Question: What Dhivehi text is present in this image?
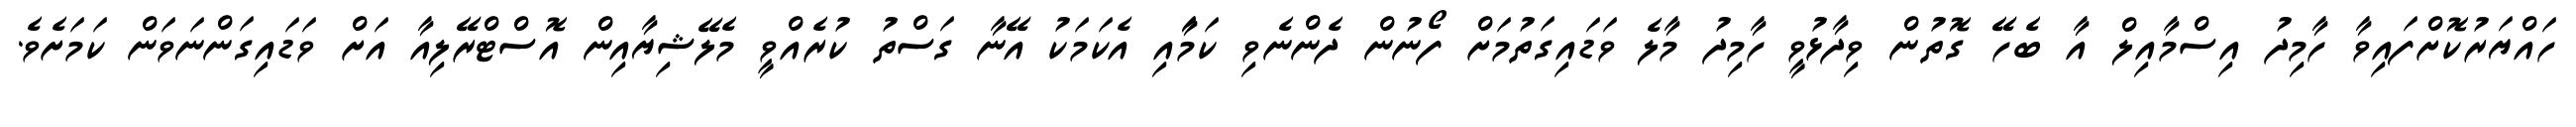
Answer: ހައްޔަރުކޮށްފައިވާ ހާމިދު އިސްމާއިލް އާ ބެހޭ ގޮތުން ވިދާޅުވީ ހާމިދު މާލެ ވަޑައިގަތުމަށް ފޯނުން ދެންނެވި ކަމަާއި އެކަމަކު އޭނާ ގަސްތު ކުރެއްވީ މެލޭޝިޔާއިން އޮސްޓްރޭލިއާ އަށް ވަޑައިގަންނަވަން ކަމަށެވެ.